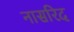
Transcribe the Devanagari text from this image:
नासरिद